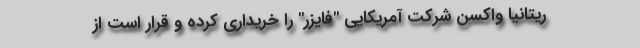
ریتانیا واکسن شرکت آمریکایی "فایزر" را خریداری کرده و قرار است از